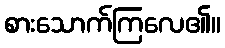
စားသောက်ကြလေ၏။